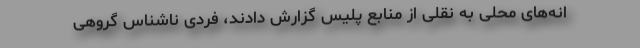
انه‌های محلی به نقلی از منابع پلیس گزارش دادند، فردی ناشناس گروهی